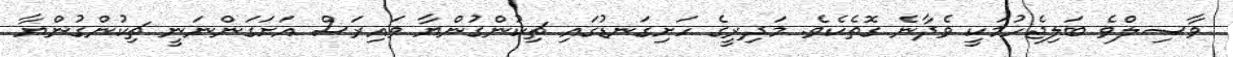
ވާޞިލްވެ ބަލިޖެހުމަކީ ވެދާނެ ގޮތެކެވެ. މަދިރީގެ ހަށިގަނޑުގައި ޗިކުންގުންޔާ ވައިރަސް އަށަގަންނަނީ ޗިކުންގުންޔާ